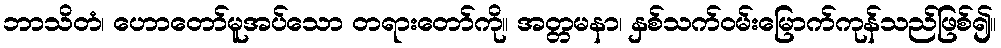
ဘာသိတံ၊ ဟောတော်မူအပ်သော တရားတော်ကို။ အတ္တမနာ၊ နှစ်သက်ဝမ်းမြောက်ကုန်သည်ဖြစ်၍။